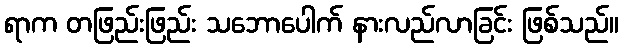
ရာက တဖြည်းဖြည်း သဘောပေါက် နားလည်လာခြင်း ဖြစ်သည်။